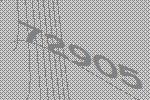
72905